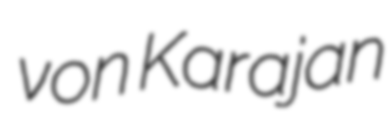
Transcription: von Karajan